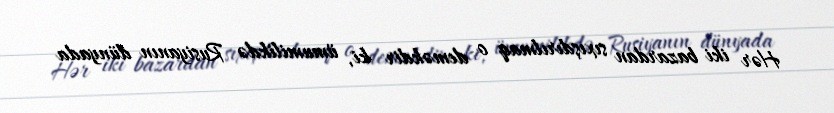
Hər iki bazardan sıxışdırılmaq o deməkdir ki, ümumilikdə Rusiyanın dünyada